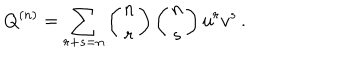
LaTeX: Q ^ { ( n ) } = \sum _ { r + s = n } \left( \begin{matrix} { { n } } \\ { { r } } \\ \end{matrix} \right) \left( \begin{matrix} { { n } } \\ { { s } } \\ \end{matrix} \right) u ^ { r } v ^ { s } \, .